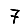
Digit: 7